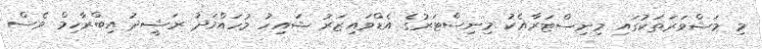
މި މަޝްވަރަތަކުގައި މިނިސްޓަރާއެކު މިނިސްޓަރުގެ އެޑްވައިޒަރު ޝައިހު މުހައްމަދު ރަޝީދު އިބްރާހިމް ވެސް